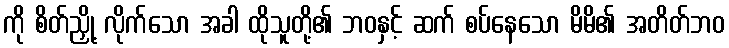
ကို စိတ်ညှို့ လိုက်သော အခါ ထိုသူတို့၏ ဘဝနှင့် ဆက် စပ်နေသော မိမိ၏ အတိတ်ဘဝ